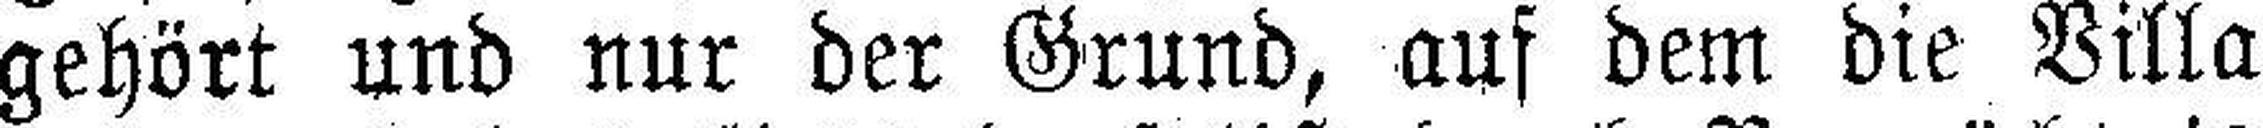
gehört und nur der Grund, auf dem die Villa